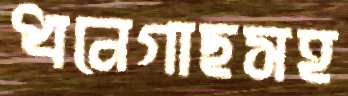
ধনেগাছসহ